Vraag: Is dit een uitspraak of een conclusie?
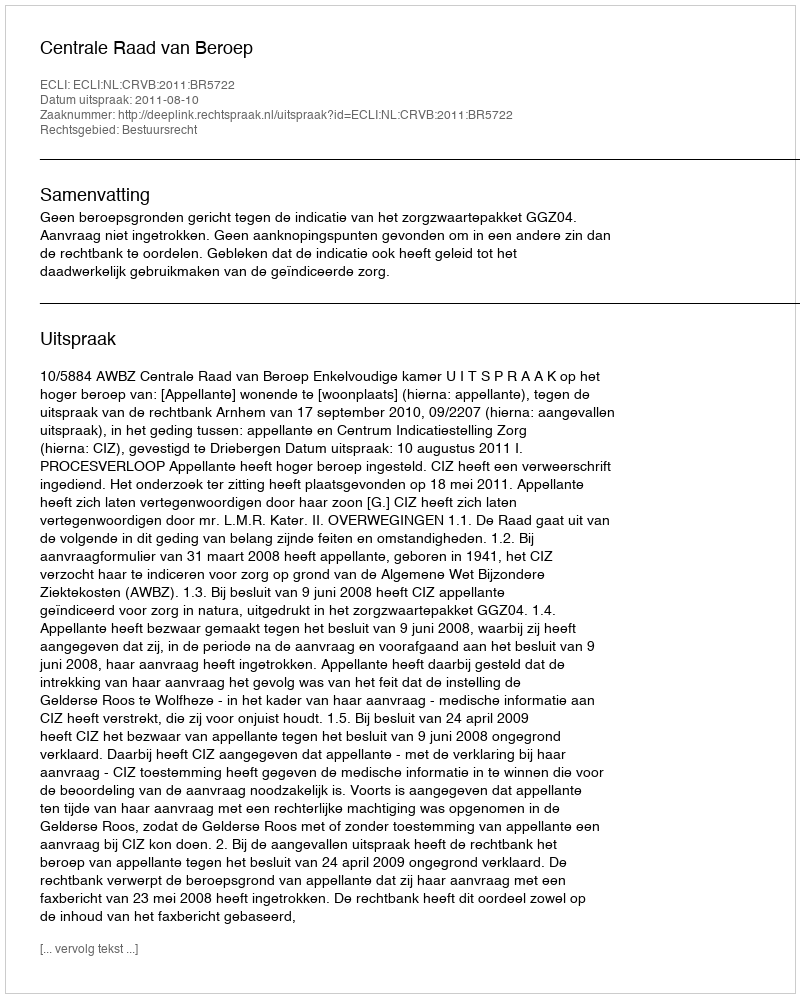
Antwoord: Uitspraak